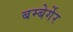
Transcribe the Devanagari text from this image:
बम्बेर्गेर